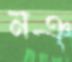
নঞ্